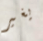
يغير